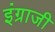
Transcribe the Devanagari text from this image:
इंग्राजी